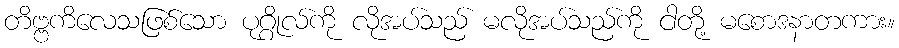
တိဗ္ဗကိလေသဖြစ်သော ပုဂ္ဂိုလ်ကို လိုအပ်သည် မလိုအပ်သည်ကို ငါတို့ မစောဒနာတကား။